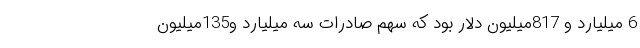
6 میلیارد و 817میلیون دلار بود که سهم صادرات سه میلیارد و135میلیون